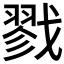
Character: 戮